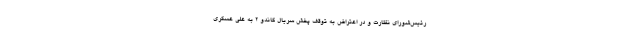
رئیس‌شورای نظارت و در اعتراض به توقف پخش سریال گاندو 2 به علی عسگری